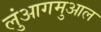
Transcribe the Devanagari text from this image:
लुंआगमुआल